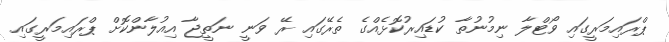
ޕްރައިމަރީގައި ވޯޓްލާ ނިމުނުތާ ކުޑައިރުކޮޅެއްގެ ތެރޭގައި ރޭ ވަނީ ނަތީޖާ އިއުލާންކޮށް ޕްރައިމަރީގައި